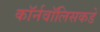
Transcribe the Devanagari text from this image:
कॉर्नवॉलिसकडे